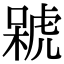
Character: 𣘫